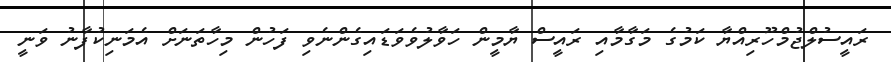
ރައީސުލްޖުމްހޫރިއްޔާ ކަމުގެ މަގާމާއި ރައީސް ޔާމީން ހަވާލުވެވަޑައިގެންނެވި ފަހުން މިހާތަނަށް އެމަނިކުފާނު ވަނީ